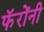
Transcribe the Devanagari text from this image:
फॅरोंनी